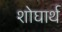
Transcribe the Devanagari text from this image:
शोघार्थ